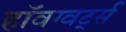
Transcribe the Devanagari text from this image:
हॉवग्वर्ट्स